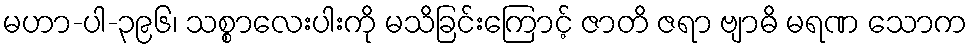
မဟာ-ပါ-၃၉၆၊ သစ္စာလေးပါးကို မသိခြင်းကြောင့် ဇာတိ ဇရာ ဗျာဓိ မရဏ သောက